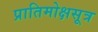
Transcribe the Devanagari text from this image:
प्रातिमोक्षसूत्र